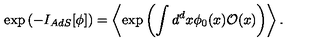
\exp \left( - I _ { A d S } [ \phi ] \right) = \left\langle \exp \left( \int d ^ { d } x \phi _ { 0 } ( x ) \mathcal { O } ( x ) \right) \right\rangle .